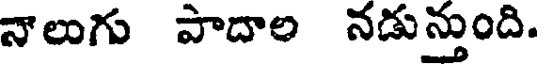
నాలుగు పాదాల నడున్తుంది.